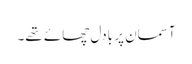
آسمان پر بادل چھائے تھے۔